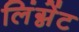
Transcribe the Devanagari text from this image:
लिंग्नेंट